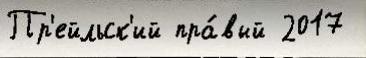
Пр'ейльск'ий пра́вый 2017